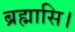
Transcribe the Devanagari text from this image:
ब्रह्मासि।